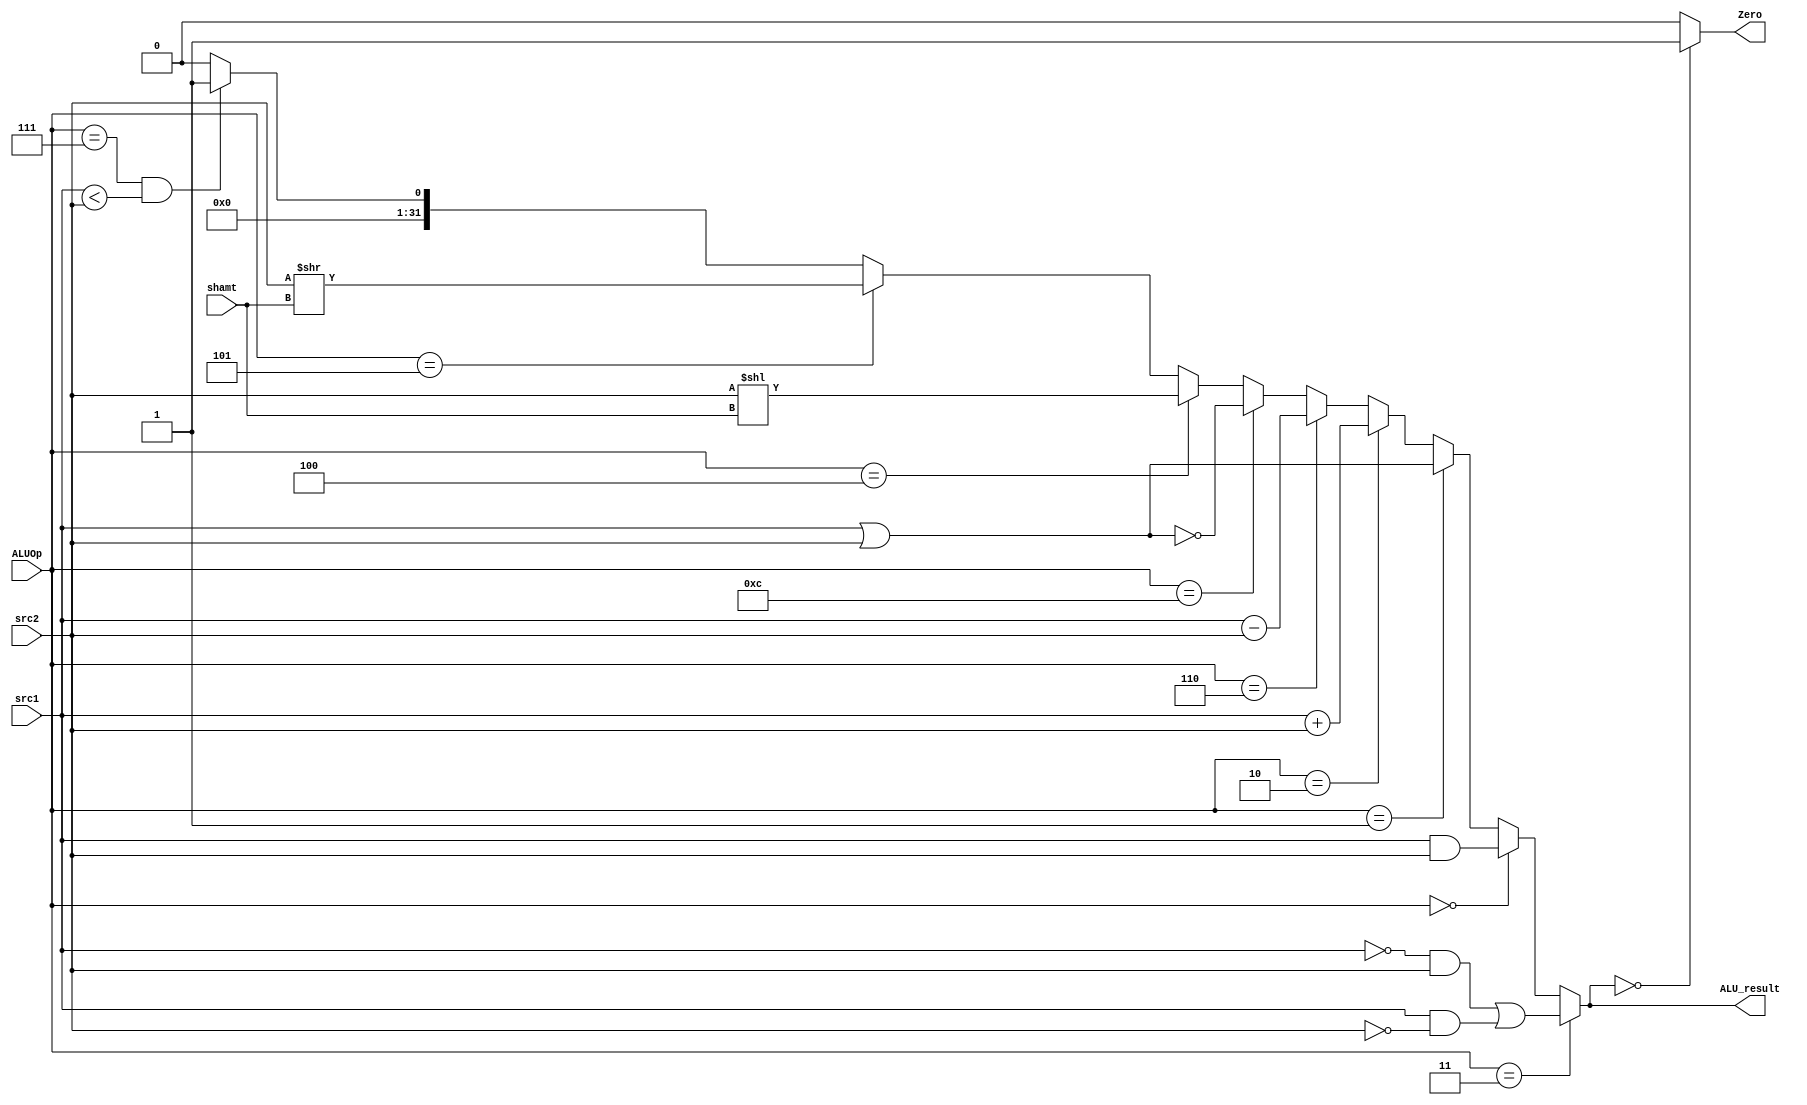
// ALU

module ALU ( ALUOp,src1,src2,shamt,ALU_result,Zero);
	
	parameter bit_size = 32;
	
	input [3:0] ALUOp;
	input signed[bit_size-1:0] src1;
	input signed[bit_size-1:0] src2;
	input [4:0] shamt;
	
	output signed[bit_size-1:0] ALU_result;
	output Zero;
			
	// write your code in here
			
		
	assign ALU_result =(ALUOp == 4'b0011)?(((~src1)&src2)|(src1&(~src2)))://xor
			   (ALUOp == 4'b0000)?src1&src2://and
			   (ALUOp == 4'b0001)?src1|src2://or
			   (ALUOp == 4'b0010)?src1+src2://add				
			   (ALUOp == 4'b0110)?src1-src2://sub
         		   (ALUOp == 4'b1100)?(~(src1|src2))://nor					
         		   (ALUOp == 4'b0100)?(src2<<shamt)://sll					
         		   (ALUOp == 4'b0101)?(src2>>shamt)://srl										    
			   (ALUOp == 4'b0111&&src1<src2)?1:0;//slt
			  		
	assign Zero=(ALU_result==32'b0)?1:0;
							
endmodule